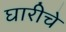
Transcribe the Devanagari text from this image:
घारीचे